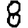
Digit: 8